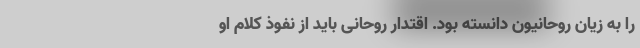
را به زیان روحانیون دانسته بود. اقتدار روحانی باید از نفوذ کلام او